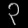
Digit: ၃